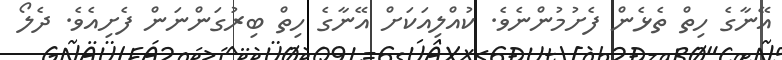
އޭނާގެ ހިތް ތެޅެން ފެށުމުންނެވެ. ކުއްލިއަކަށް އޭނާގެ ހިތް ބިރުގަންނަން ފެށިއެވެ. ދެލޯ